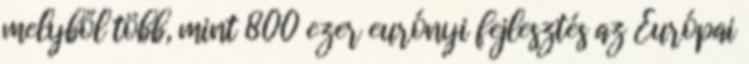
melyből több, mint 800 ezer eurónyi fejlesztés az Európai